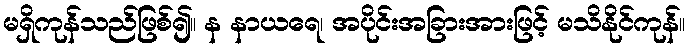
မရှိကုန်သည်ဖြစ်၍။ န နာယရေ၊ အပိုင်းအခြားအားဖြင့် မသိနိုင်ကုန်။